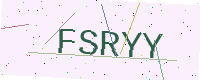
Text: FSRYY